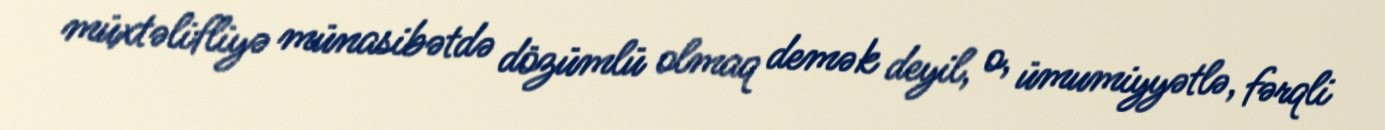
müxtəlifliyə münasibətdə dözümlü olmaq demək deyil, o, ümumiyyətlə, fərqli